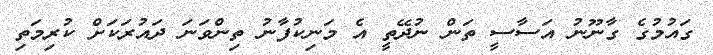
ގައުމުގެ ގާނޫނު އަސާސީ ތަން ނުދޭތީ އެ މަނިކުފާނު ތިންވަނަ ދައުރަކަށް ކުރިމަތި